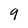
Character: 9